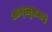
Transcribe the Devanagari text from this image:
आन्श्लुसकडे